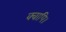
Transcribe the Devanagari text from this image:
क्वापि।